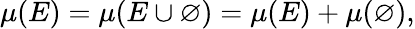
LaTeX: \mu(E)=\mu(E\cup\varnothing)=\mu(E)+\mu(\varnothing),